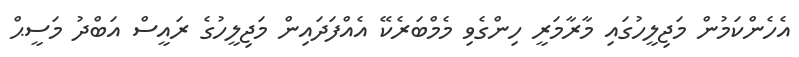
އެހެންކަމުން މަޖިލީހުގައި މާރާމަރީ ހިންގެވި މެމްބަރެކޭ އެއްފަދައިން މަޖިލީހުގެ ރައީސް އަބްދު މަސީޙް